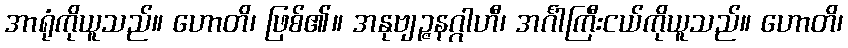
အာရုံကိုယူသည်။ ဟောတိ၊ ဖြစ်၏။ အနုဗျဉ္ဇနဂ္ဂါဟီ၊ အင်္ဂါကြီးငယ်ကိုယူသည်။ ဟောတိ၊